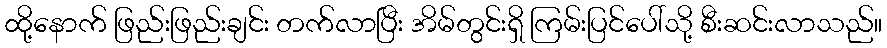
ထို့နောက် ဖြည်းဖြည်းချင်း တက်လာပြီး အိမ်တွင်းရှိ ကြမ်းပြင်ပေါ်သို့ စီးဆင်းလာသည်။